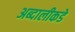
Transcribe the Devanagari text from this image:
अब्दालीकडे